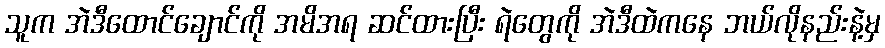
သူက အဲဒီထောင်ချောင်ကို အမိအရ ဆင်ထားပြီး ရဲတွေကို အဲဒီထဲကနေ ဘယ်လိုနည်းနဲ့မှ